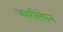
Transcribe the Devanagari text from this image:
जहरीलेपन